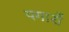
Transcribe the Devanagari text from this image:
पगारों